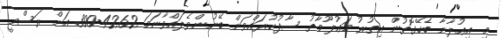
މި އިޢުލާނާ ބެހޭގޮތުން އިތުރު މަޢުލޫމާތު ސާފުކުރައްވަން ބޭނުންވެލައްވާނަމަ 4262-300 އަށް ރަސްމީ